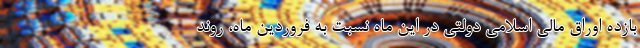
بازده اوراق مالی اسلامی دولتی در این ماه نسبت به فروردین ماه، روند